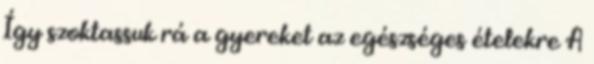
Így szoktassuk rá a gyereket az egészséges ételekre A